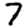
Digit: 7